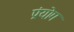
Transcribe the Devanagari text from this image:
प्रंयोग